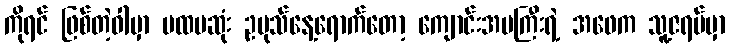
ကိုရင် ဖြစ်တဲ့ဝါမှာ ပထမဆုံး ဥပုသ်နေ့ရောက်တော့ ကျောင်းအမကြီးရဲ့ အဖေက သူ့ဇရပ်မှာ